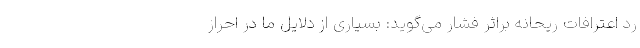
رد اعترافات ریحانه براثر فشار می‌گوید: بسیاری از دلایل ما در احراز